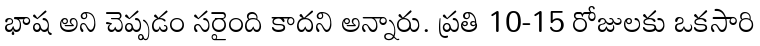
భాష అని చెప్పడం సరైంది కాదని అన్నారు. ప్రతి 10-15 రోజులకు ఒకసారి